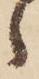
ヽ